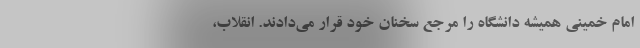
امام خمینی همیشه دانشگاه را مرجع سخنان خود قرار می‌دادند. انقلاب،